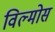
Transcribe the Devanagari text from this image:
विल्मोस